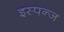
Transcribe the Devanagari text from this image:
इस्पन्ज